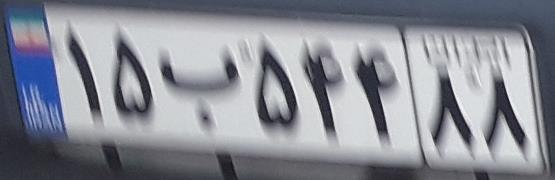
۱۵ب۵۴۴۸۸